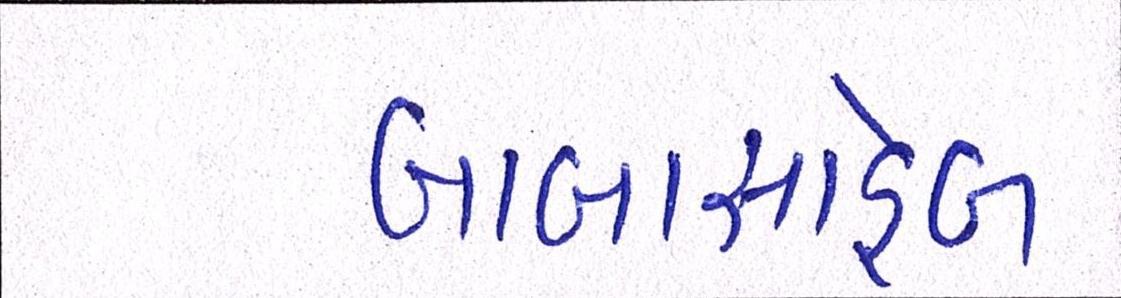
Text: બાબાસાહેબ